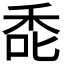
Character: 𮂻